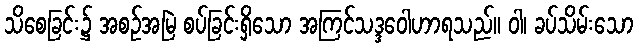
သိစေခြင်း၌ အစဉ်အမြဲ စပ်ခြင်းရှိသော အကြင်သဒ္ဒဝေါဟာရသည်။ ဝါ၊ ခပ်သိမ်းသော